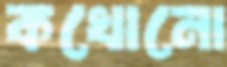
কখোনো